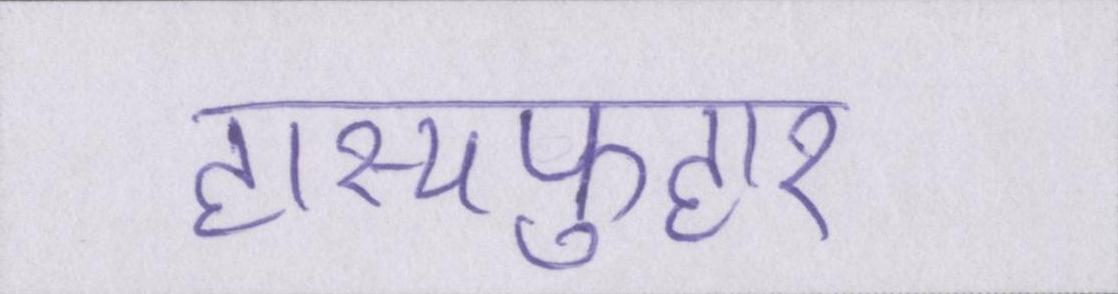
हास्यफुहार